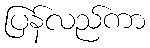
ပြန်လည်ကာ